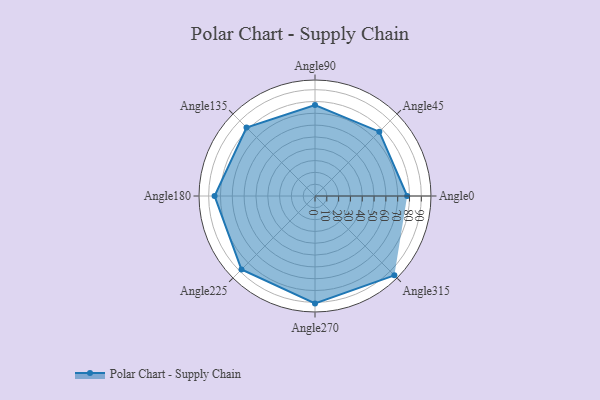
{"axis": {"x": "Angle", "y": "Radius"}, "legend": [""], "data": [{"x": "Angle0", "y": 78.0, "type": ""}, {"x": "Angle45", "y": 77.0, "type": ""}, {"x": "Angle90", "y": 77.0, "type": ""}, {"x": "Angle135", "y": 82.0, "type": ""}, {"x": "Angle180", "y": 85.0, "type": ""}, {"x": "Angle225", "y": 88.0, "type": ""}, {"x": "Angle270", "y": 91.0, "type": ""}, {"x": "Angle315", "y": 95.0, "type": ""}]}